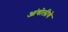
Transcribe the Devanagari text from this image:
आंबोलीचे